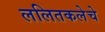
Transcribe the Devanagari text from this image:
ललितकलेचे